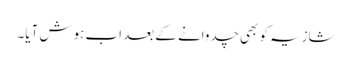
شازیہ کو بھی چدوانے کے بعد اب ہوش آیا۔